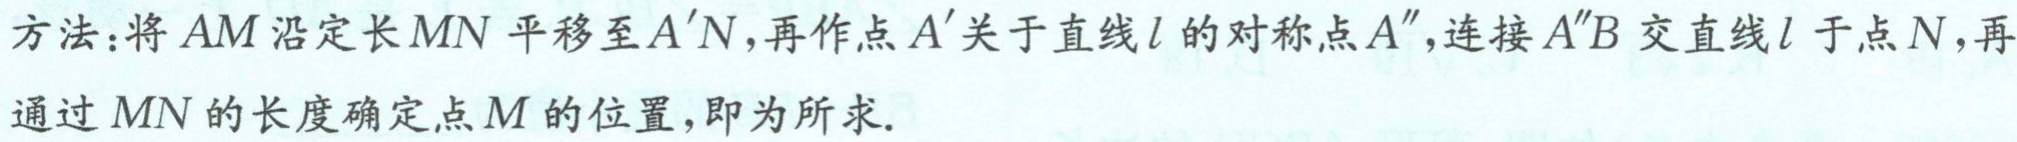
方法：将 \(AM\) 沿定长 \(MN\) 平移至 \(A'N\)，再作点 \(A'\) 关于直线 \(l\) 的对称点 \(A''\)，连接 \(A''B\) 交直线 \(l\) 于点 \(N\)，再通过 \(MN\) 的长度确定点 \(M\) 的位置，即为所求.